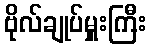
ဗိုလ်ချုပ်မှူးကြီး